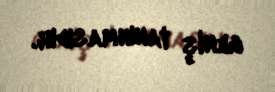
geniş tanınmasıdır.